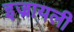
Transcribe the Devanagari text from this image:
इज्रायली